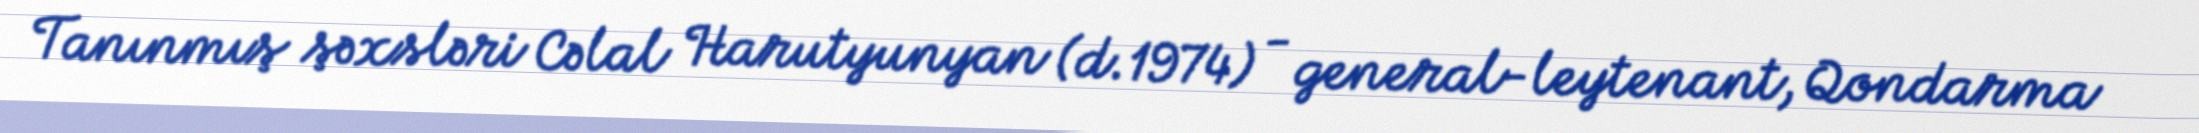
Tanınmış şəxsləri Cəlal Harutyunyan (d.1974) - general-leytenant, Qondarma